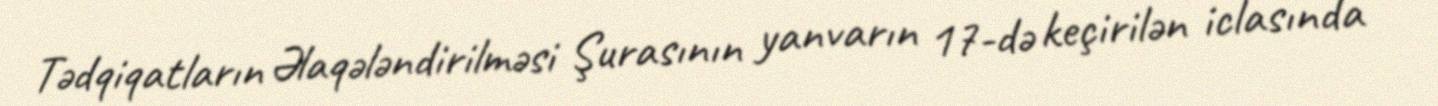
Tədqiqatların Əlaqələndirilməsi Şurasının yanvarın 17-də keçirilən iclasında